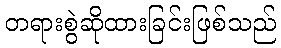
တရားစွဲဆိုထားခြင်းဖြစ်သည်